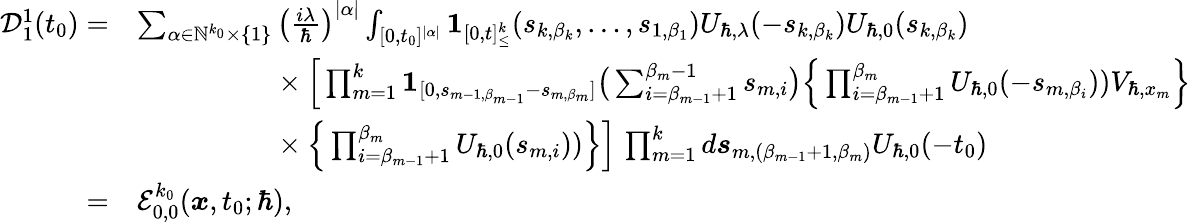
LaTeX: \begin{array}{rl}{\mathcal{D}_{1}^{1}(t_{0})=}&{\sum_{\alpha\in\mathbb{N}^{k_{0}}\times\{ 1\} }\left(\frac{i\lambda}{\hbar}\right)^{|\alpha|}\int_{[0,t_{0}]^{|\alpha|}}\boldsymbol{1}_{[0,t]_{\leq}^{k}}(s_{k,\beta_{k}},\dots,s_{1,\beta_{1}})U_{\hbar,\lambda}(-s_{k,\beta_{k}})U_{\hbar,0}(s_{k,\beta_{k}})}\\ &{\phantom{\sum_{\alpha\in\mathbb{N}^{k_{0}}\times\{ 1\} }}\times\Big[\prod_{m=1}^{k}\boldsymbol{1}_{[0,s_{m-1,\beta_{m-1}}-s_{m,\beta_{m}}]}\big(\sum_{i=\beta_{m-1}+1}^{\beta_{m}-1}s_{m,i}\big)\Big\{ \prod_{i=\beta_{m-1}+1}^{\beta_{m}}U_{\hbar,0}(-s_{m,\beta_{i}}))V_{\hbar,x_{m}}\Big\} }\\ &{\phantom{\sum_{\alpha\in\mathbb{N}^{k_{0}}\times\{ 1\} }}\times\Big\{ \prod_{i=\beta_{m-1}+1}^{\beta_{m}}U_{\hbar,0}(s_{m,i}))\Big\} \Big]\, \prod_{m=1}^{k}d\boldsymbol{s}_{m,(\beta_{m-1}+1,\beta_{m})}U_{\hbar,0}(-t_{0})}\\ {=}&{\mathcal{E}_{0,0}^{k_{0}}(\boldsymbol{x},t_{0};\hbar),}\end{array}